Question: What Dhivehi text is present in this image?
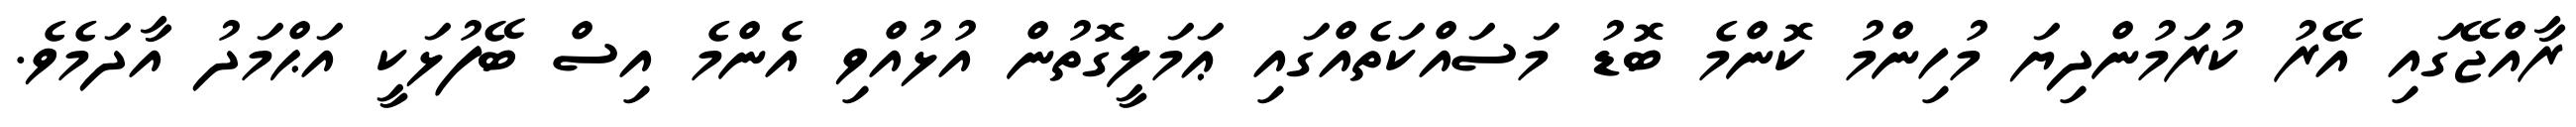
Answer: ރާއްޖޭގައި އޭރު ކުރަމުންދިޔަ މުހިންމު ކޮންމެ ބޮޑު މަސައްކަތެއްގައި ޢަމަލީގޮތުން އުޅުއްވި އެންމެ އިސް ބޭފުޅަކީ އަޙްމަދު އާދަމެވެ.